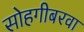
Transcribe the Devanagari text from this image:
सोहगीबरवा